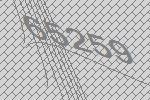
65259